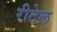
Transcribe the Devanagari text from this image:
रीटेल